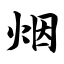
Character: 烟